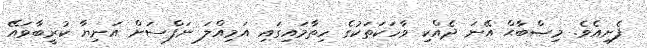
ފެށިއެވެ. މިޞްބާޙް އޭނަ ދެއްކި ވާހަކަތަކުގެ ހިތާމައިގައި އަމިއްލަ ނަފްސަށް އަނިޔާ ކުރީބާވައޭ